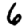
Digit: 6